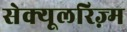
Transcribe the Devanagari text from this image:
सेक्यूलरिज़्म